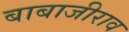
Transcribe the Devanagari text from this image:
बाबाजीराव